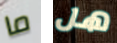
ما هل